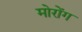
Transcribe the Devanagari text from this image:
मोरोंग